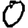
Digit: 0